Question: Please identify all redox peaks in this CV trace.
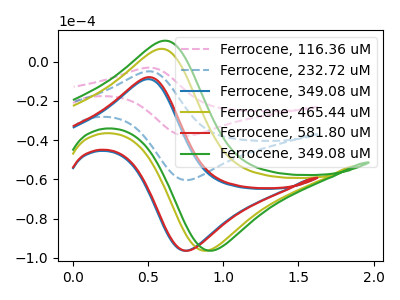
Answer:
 <answer>The pink dashed curve "Ferrocene, 116.36 uM" has an anodic peak at (0.50V, -10.00uA) and a cathodic peak at (0.75V, -120.65uA). The blue dashed curve "Ferrocene, 232.72 uM" has an anodic peak at (0.50V, -5.00uA) and a cathodic peak at (0.75V, -60.35uA). The blue curve "Ferrocene, 349.08 uM" has an anodic peak at (0.50V, -9.00uA) and a cathodic peak at (0.75V, -96.25uA). The olive curve "Ferrocene, 465.44 uM" has an anodic peak at (0.60V, 6.45uA) and a cathodic peak at (0.90V, -96.25uA). The red curve "Ferrocene, 581.80 uM" has an anodic peak at (0.50V, -7.95uA) and a cathodic peak at (0.75V, -96.25uA). The green curve "Ferrocene, 349.08 uM" has an anodic peak at (0.60V, 10.60uA) and a cathodic peak at (0.95V, -96.25uA).</answer>
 <eval></eval>